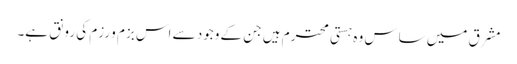
مشرق میں ساس وہ ہستی محترم ہیں جن کے وجود سے اس بزم و رزم کی رونق ہے۔